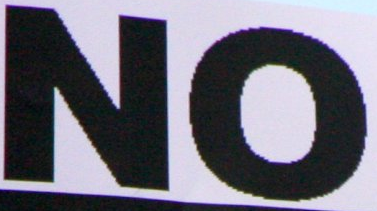
NO